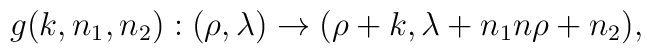
g(k,n_1,n_2):(\rho,\lambda) \rightarrow (\rho+k,\lambda+n_1n \rho+n_2),